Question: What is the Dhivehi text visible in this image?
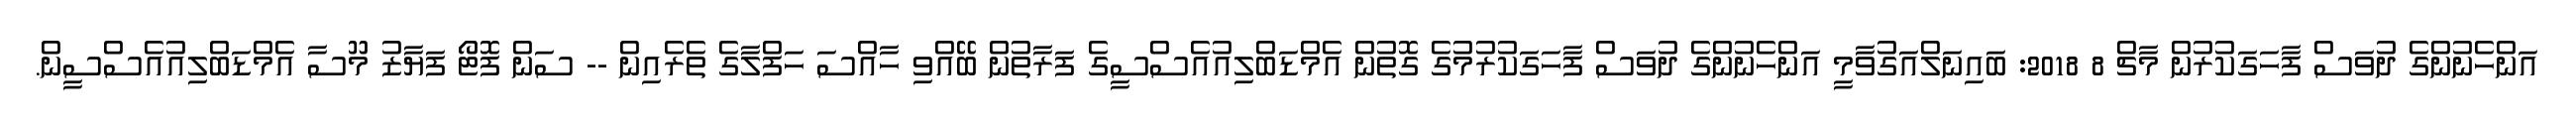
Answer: އަންހެނުންގެ ދުވަސް ފާހަގަކުރުން މާޗް 8 2018: ބައިނަލްއަގުވާމީ އަންހެނުންގެ ދުވަސް ފާހަގަކުރުމުގެ ގޮތުން އެމްޑަބްލިއުއެސްސީގެ ފަރާތުން ބޭއްވި ހާއްސަ ހަފްލާގެ ތެރެއިން -- ސަން ފޮޓޯ ފަޔާޒު މޫސާ އެމްޑަބްލިއުއެސްސީން.